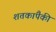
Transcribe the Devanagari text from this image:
शतकांपैकी